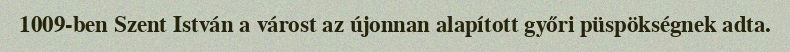
1009-ben Szent István a várost az újonnan alapított győri püspökségnek adta.